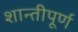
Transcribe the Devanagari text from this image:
शान्तीपूर्ण